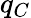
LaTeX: q_{C}